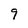
Character: 9